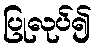
ပြုလုပ်၍